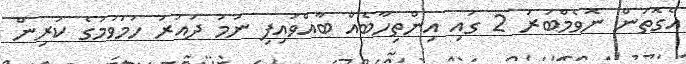
އެގޮތުން ނޮވެމްބަރު 2 ގައި އިންތިހާބެއް ބާއްވައިފި ނަމަ ދައުރު ހަމަވުމުގެ ކުރިން